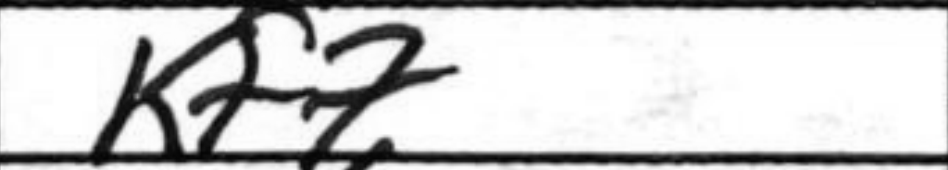
Transcription: Kf7